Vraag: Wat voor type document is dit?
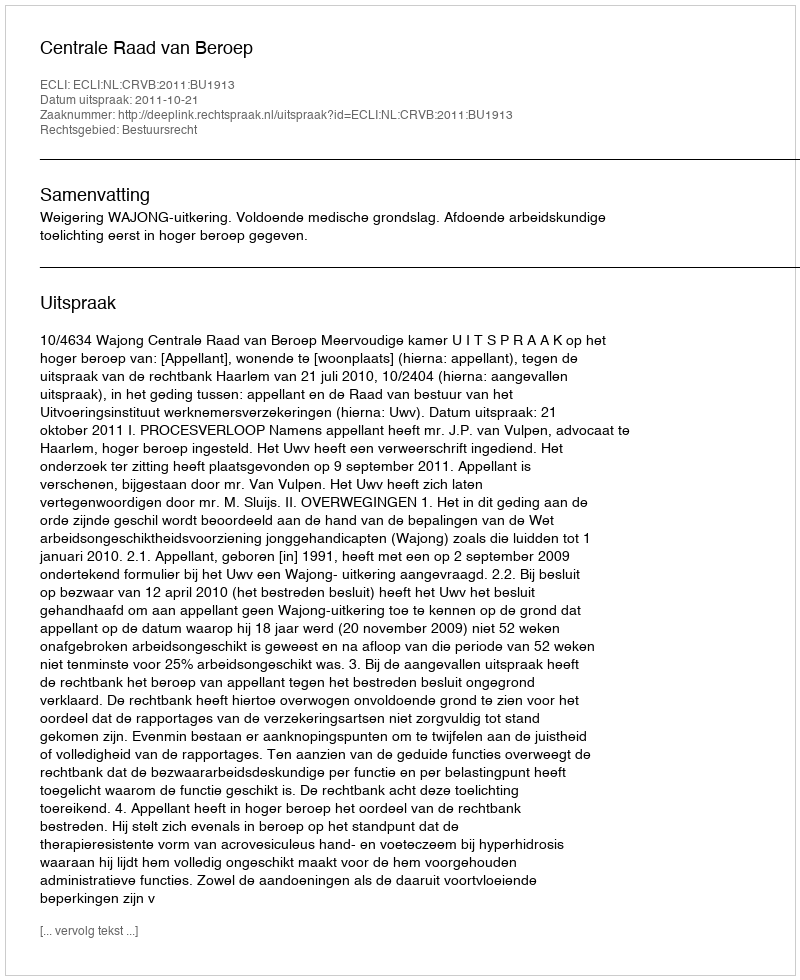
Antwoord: Uitspraak